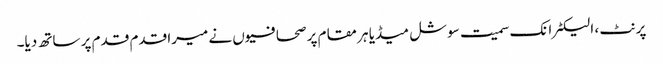
پرنٹ ، الیکٹرانک سمیت سوشل میڈیا ہر مقام پر صحافیوں نے میرا قدم قدم پر ساتھ دیا۔